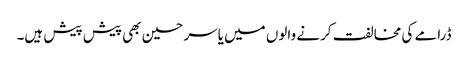
ڈرامے کی مخالفت کرنے والوں میں یاسر حسین بھی پیش پیش ہیں۔